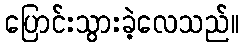
ပြောင်းသွားခဲ့လေသည်။